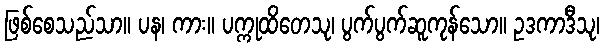
ဖြစ်စေသည်သာ။ ပန၊ ကား။ ပက္ကုထိတေသု၊ ပွက်ပွက်ဆူကုန်သော။ ဥဒကာဒီသု၊